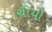
ચીયો